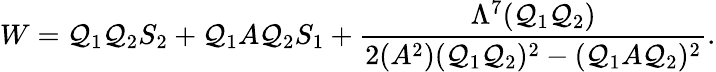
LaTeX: W=\mathcal{Q}_{1}\mathcal{Q}_{2}S_{2}+\mathcal{Q}_{1}A\mathcal{Q}_{2}S_{1}+\frac{{\Lambda^{7}(\mathcal{Q}_{1}\mathcal{Q}_{2})}}{{2(A^{2})(\mathcal{Q}_{1}\mathcal{Q}_{2})^{2}-(\mathcal{Q}_{1}A\mathcal{Q}_{2})^{2}}}.